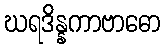
ဃရဒိန္နကာဗာဓော